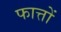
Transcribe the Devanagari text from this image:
फात्तों